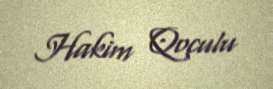
Hakim Qoçulu